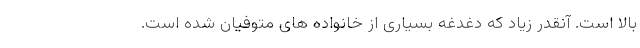
بالا است. آنقدر زیاد که دغدغه بسیاری از خانواده های متوفیان شده است.